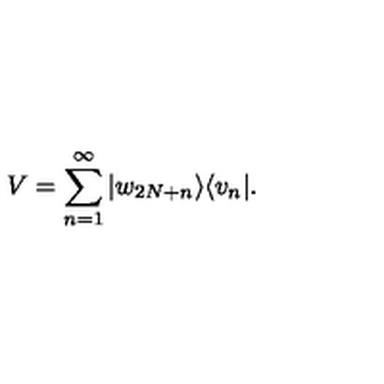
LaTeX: V = \sum _ { n = 1 } ^ { \infty } | w _ { 2 N + n } \rangle \langle v _ { n } | .